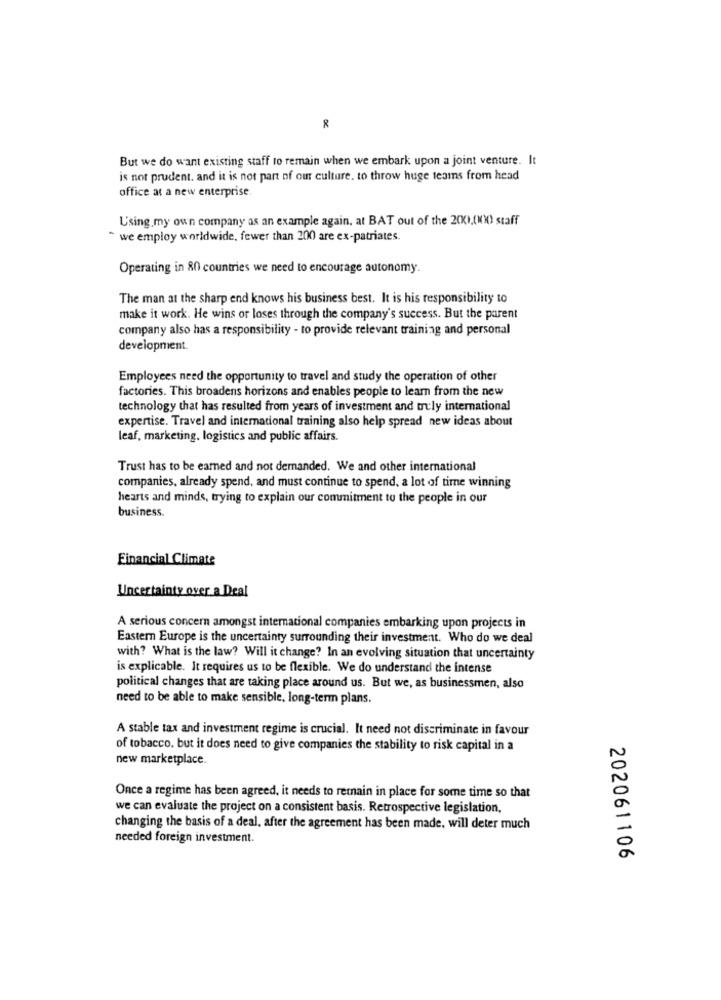
But we do want existing staff to remain when we embark upon a joint venture. It
is not prudent. and it is not part of our culture. to throw huge teams from head
office at a new enterprise.
L'sing.my own company as an example again, at BAT out of the 200.000) staff
" we employ worldwide, fewer than 200 are ex-patriates.
Operating in 80 countries we need to encourage autonomy.
The man at the sharp end knows his business best. It is his responsibility to
make it work. He wins or loses through the company's success. But the parent
company also has a responsibility - to provide relevant training and personal
development.
Employees need the opportunity to travel and study the operation of other
factories. This broadens horizons and enables people to learn from the new
technology that has resulted from years of investment and truly international
expertise. Travel and international training also help spread new ideas about
leaf, marketing, logistics and public affairs.
Trust has to be earned and not demanded. We and other international
companies, already spend, and must continue to spend, a lot of time winning
hearts and minds, trying to explain our commitment to the people in our
business.
Financial Climate
Uncertainty over a Deal
A serious concern amongst international companies embarking upon projects in
Eastern Europe is the uncertainty surrounding their investment. Who do we deal
with? What is the law? Will it change? In an evolving situation that uncertainty
is explicable. It requires us to be flexible. We do understand the intense
political changes that are taking place around us. But we, as businessmen, also
need to be able to make sensible, long-term plans.
A stable tax and investment regime is crucial. It need not discriminate in favour
of tobacco. but it does need to give companies the stability to risk capital in a
new marketplace.
Once a regime has been agreed, it needs to remain in place for some time so that
we can evaluate the project on a consistent basis. Retrospective legislation,
changing the basis of a deal, after the agreement has been made, will deter much
needed foreign investment.
202061106